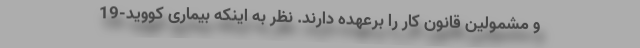
و مشمولین قانون کار را برعهده دارند. نظر به اینکه بیماری کووید-19